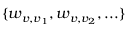
\{ w _ { v , v _ { 1 } } , w _ { v , v _ { 2 } } , . . . \}